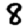
Digit: 8